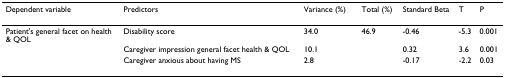
| Dependent variable | Predictors | Variance (%) | Total (%) | Standard Beta | T | P |
 | --- | --- | --- | --- | --- | --- | --- |
 | Patient's general facet on health & QOL | Disability score | 34.0 | 46.9 | -0.46 | -5.3 | 0.001 |
 |  | Caregiver impression general facet health & QOL | 10.1 |  | 0.32 | 3.6 | 0.001 |
 |  | Caregiver anxious about having MS | 2.8 |  | -0.17 | -2.2 | 0.03 |